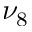
\nu _ { 8 }